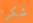
شكرا